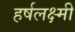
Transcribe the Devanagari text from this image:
हर्षलक्ष्मी